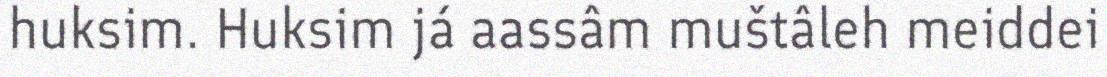
huksim. Huksim já aassâm muštâleh meiddei